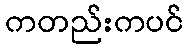
ကတည်းကပင်